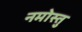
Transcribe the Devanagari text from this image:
नमोस्तु